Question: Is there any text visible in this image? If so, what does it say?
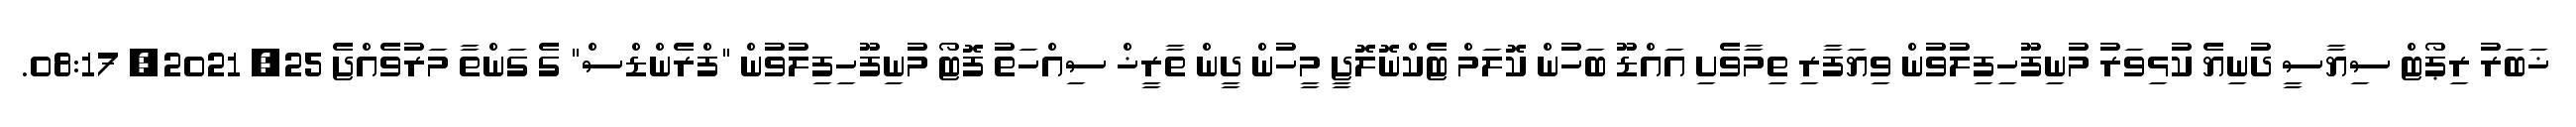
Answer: ޚަބަރު ރިޕޯޓް ސިޔާސީ ދުނިޔެ ކުޅިވަރު މުނިފޫހިފިލުވުން ވިޔަފާރި ތިމާވެށި އައްޑޫ ބަހުން ކޮލަމް ޓެކްނޮލޮޖީ މީހުން ދީން ތާރީޚް ސިއްހަތު ފޮޓޯ މުނިފޫހިފިލުވުން "ފްރެންޑްސް" ގެ ގަންތާ މަރުވެއްޖެ 25, 2021, 08:17.